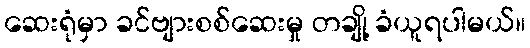
ဆေးရုံမှာ ခင်ဗျားစစ်ဆေးမှု တချို့ ခံယူရပါမယ်။